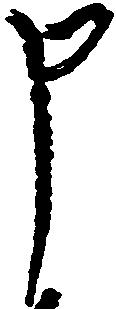
申